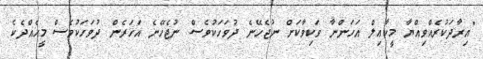
"އިރާދަކުރެއްވިއްޔާ މީކާޢިލް އަހަންނާ ވަކިވާކަށް ނުޖެހޭނެ ދުވަހަކުވެސް ނުޖެހޭނެ އަހަރެން ދުވަހަކުވެސް މީހެއްދެކެ